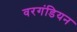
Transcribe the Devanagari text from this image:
वरगंडियन